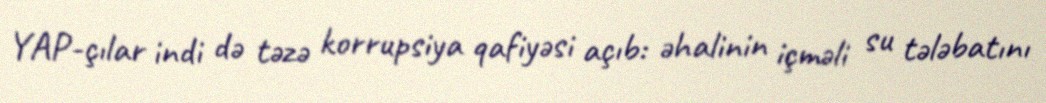
YAP-çılar indi də təzə korrupsiya qafiyəsi açıb: əhalinin içməli su tələbatını